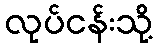
လုပ်ငန်းသို့